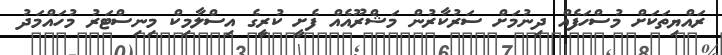
ރައްޔިތަކަށް މުސްހަފެއް ދިނުމަށް ސަރުކާރުން މަޝްރޫއެއް ފެށީ ކުރީގެ އިސްލާމިކް މިނިސްޓަރު މުހައްމަދު